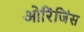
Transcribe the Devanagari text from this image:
ओरिंजिंस